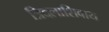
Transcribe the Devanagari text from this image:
त्रिदलाशिवाय